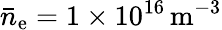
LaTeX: \bar{n}_{\mathrm{e}}=1\times 10^{16}\, \mathrm{m}^{-3}